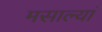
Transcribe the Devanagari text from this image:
मसाल्यां